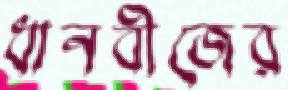
ধানবীজের